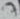
Text: 7